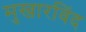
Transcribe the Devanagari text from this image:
मुखारविंद